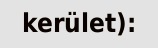
kerület):